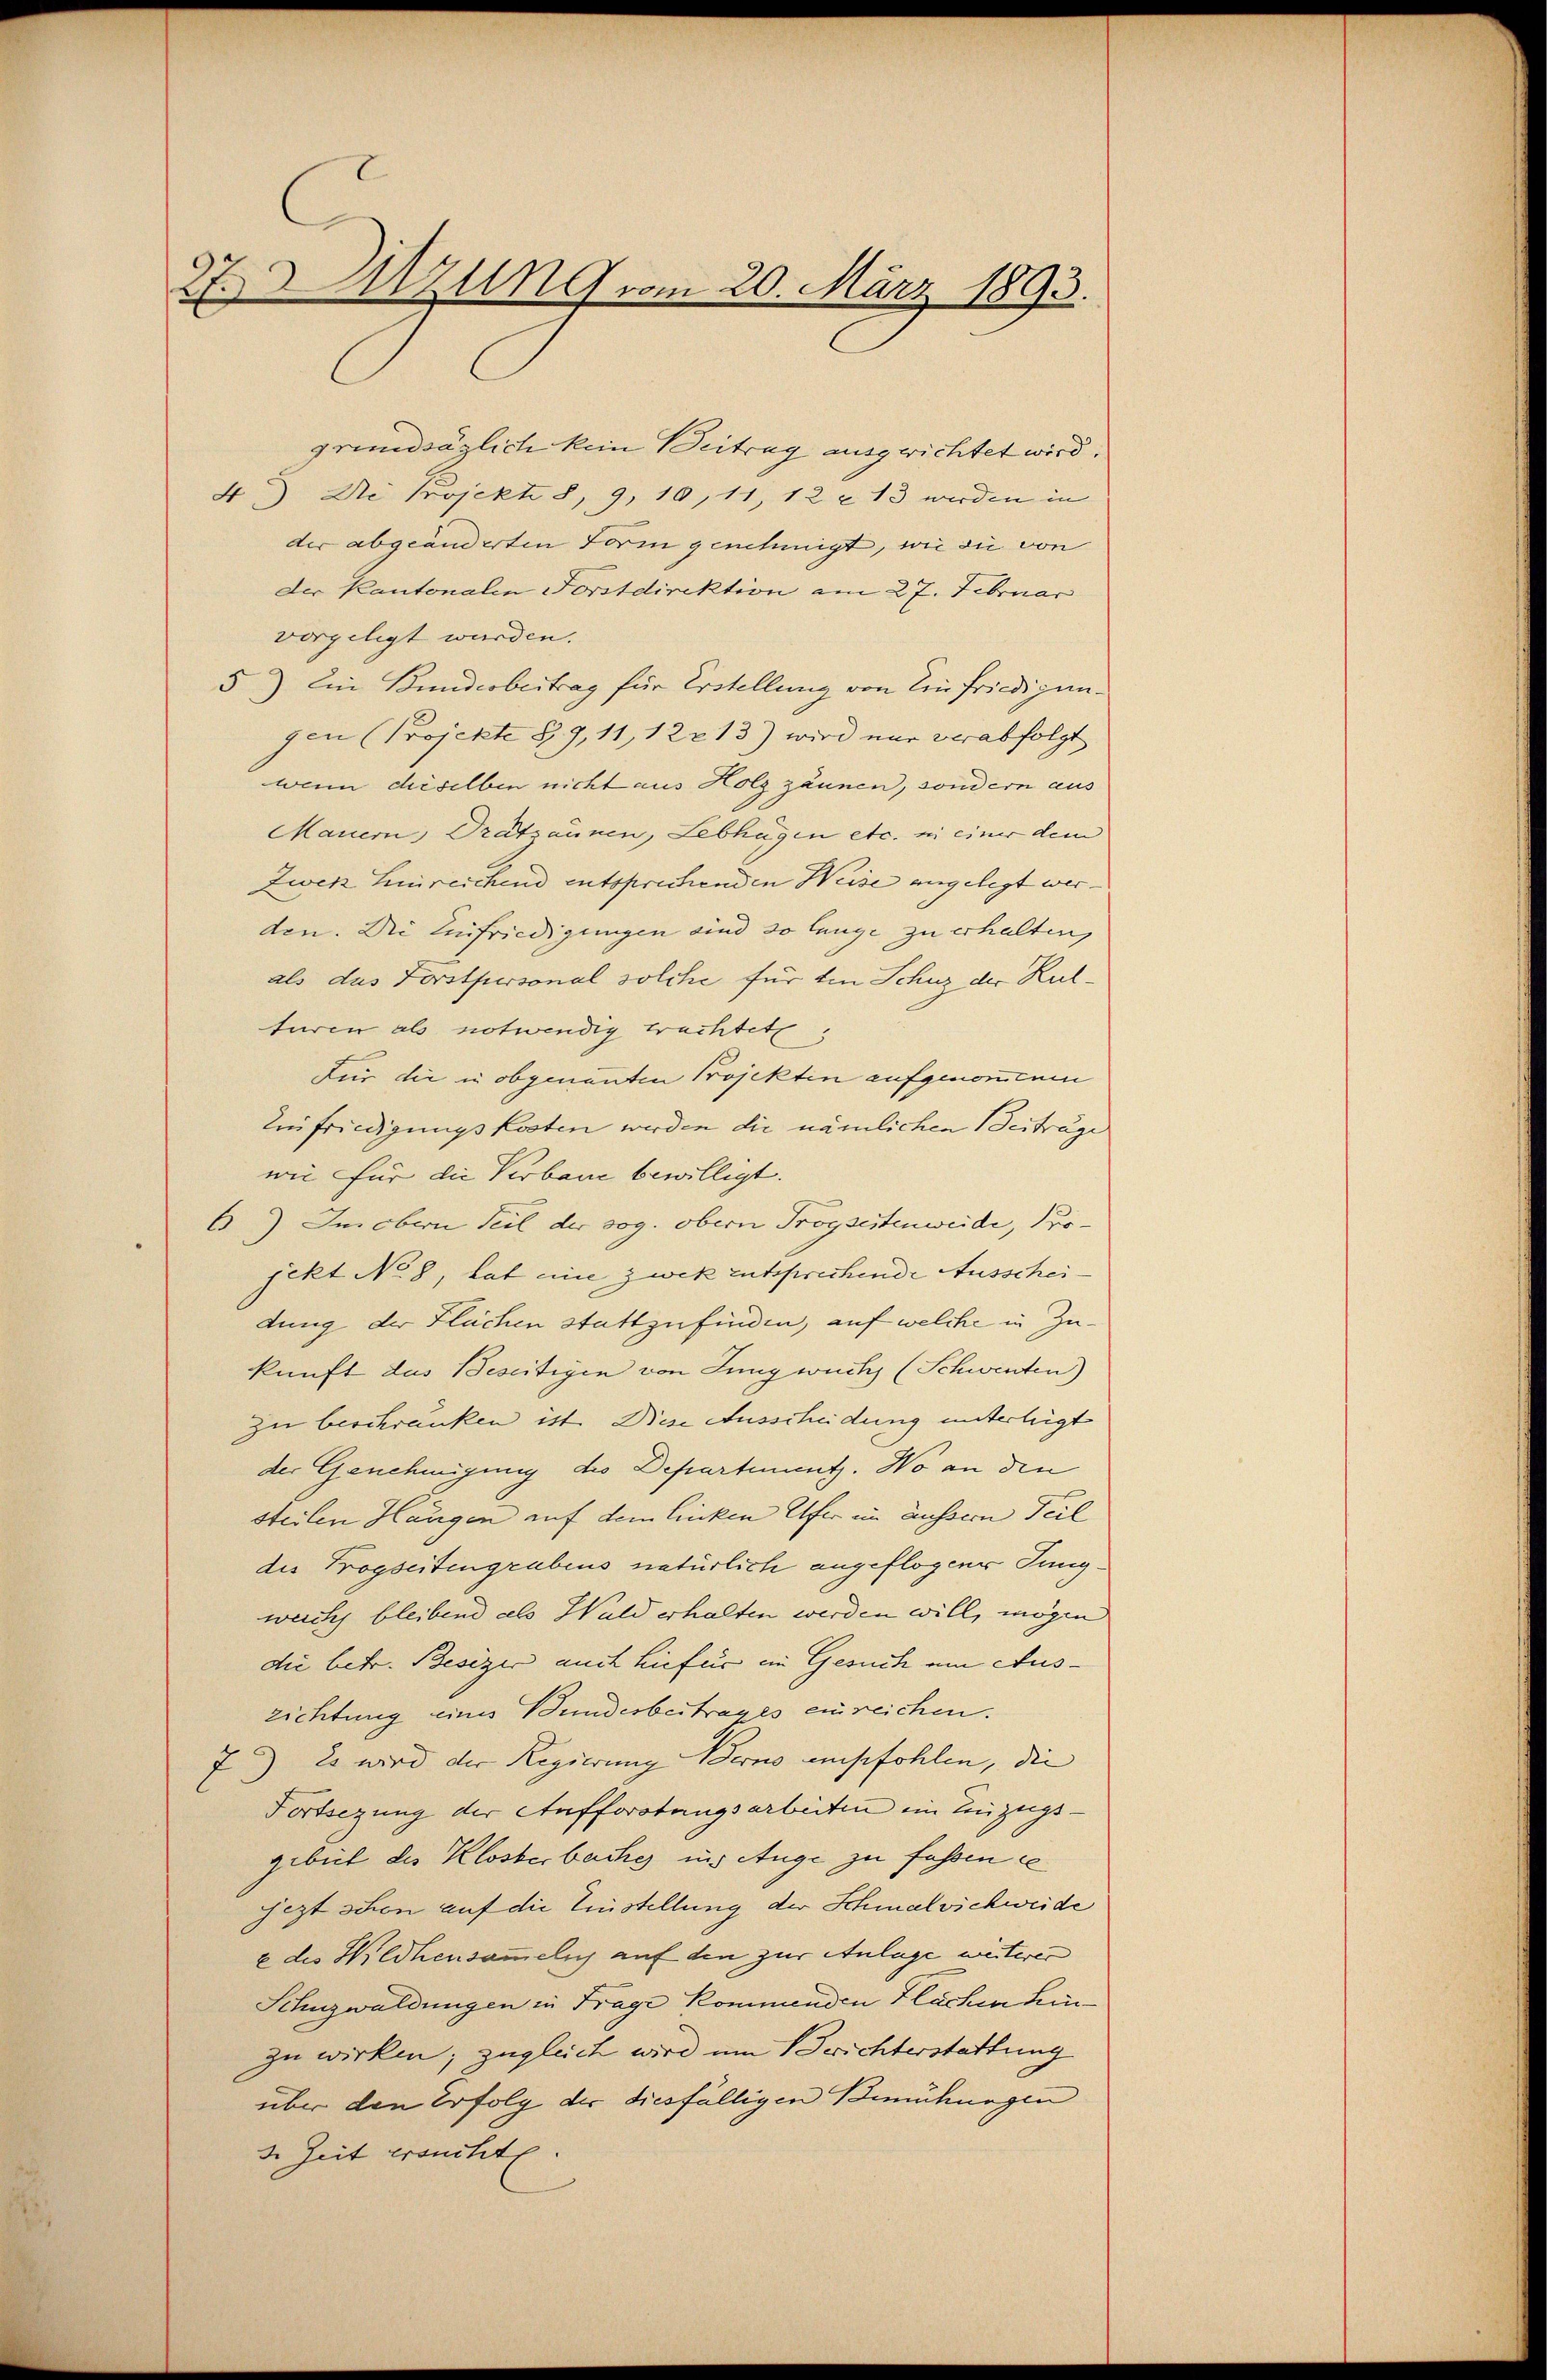
27. Sitzung vom 20. März 1893.

grundsäglich kein Beitrag ausgerichtet wird.
4.) Di Projekte 8, 9, 10,11, 12 x 13 werden in
der abgeänderten Form genehmigt, wie sie von
der Kantonalen Forstdirektion am 27. Februar
vorgelegt wurden.
5) Ein Bundesbeitrag für Erstellung von Einfriedigungen (Projekte § 9, 11, 122 13) wird nur verabfolgt
wenn dieselben nicht aus Holz zäunen, sondern aus
Mauern, Drätzäunen, Lebhügen etc. in einer dem
Zwei hinreichend entsprechenden Weise angelegt wer
den. Die Einfriedigungen sind so lange zu erhalten,
als das Forstpersonal solche für den Schuz der Kulturen als notwendig trachtet:
Für die in obgenannten Projekten aufgenommen
Einfriedigungskosten werden die nämlichen Beitrage
wie für die Verbaue bewilligt.
6) Im obern Teil der sog. obern Proysestenweide, Pro-
jekt No 8, hat eine zwek entsprechende Ausscheidung der Flächen stattzufinden, auf welche in Zukunft das Beseitigen von Jung wuchs (Schwenten)
zu beschranken ist. Diese Ausscheidung unterleigt
der Genehmigung des Departement. No an den
steilen Hängen auf dem linken Ufer im äussern Teil
des Progseitengrubens natürlich angeflogene Jungwechs bleibend als Wald erhalten werden will, mögen
die betr. Besizer auch hiefür im Gesuch am Aus- |
zichtung eines Bundesbeitrages einreichen.
7) Es wird der Regierung Berno empfohlen, die |
Fortsezung der Aufforstungsarbeiten ein Einzugs-
gebiet des Klosterbuches ins Auge zu fassen e
sezt schon auf die Einstellung der Schmalvichweide
e des Wildhensammelich auf den zur Anlage weiterer
Schnzwaldungen in Frage kommenden Flächen Lin
zu wirken; zugleich wird um Berichterstattung
über den Erfolg der diesfälligen Bemühungen
3. Zeit ersuchte